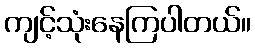
ကျင့်သုံးနေကြပါတယ်။